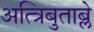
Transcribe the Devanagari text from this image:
अत्त्रिबुताब्ले